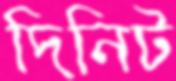
দিনিট